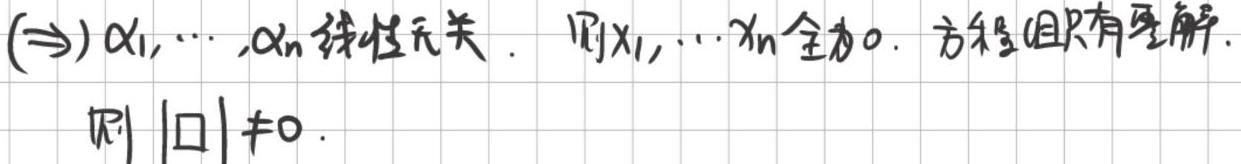
$(\Rightarrow) \alpha_1, \cdots, \alpha_n$ 线性无关. 则 $x_1, \cdots x_n$ 全为 $0$. 方程组只有零解. 则 $|\square|\neq0$.